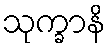
သုက္ခာနိ